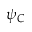
\psi _ { C }